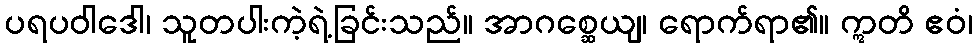
ပရပဝါဒေါ၊ သူတပါးကဲ့ရဲ့ခြင်းသည်။ အာဂစ္ဆေယျ၊ ရောက်ရာ၏။ ဣတိ ဧဝံ၊